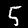
Label: 5